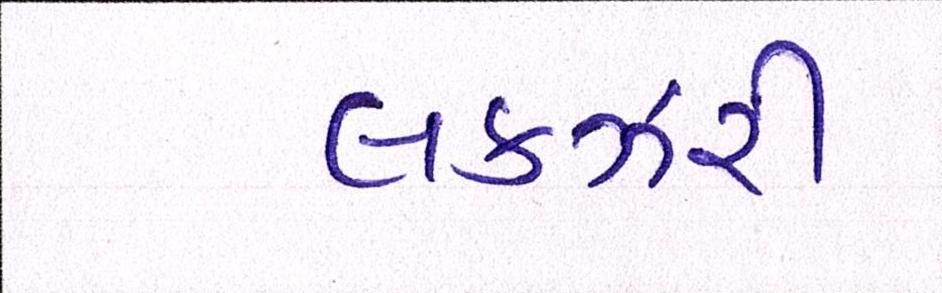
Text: લકઝરી